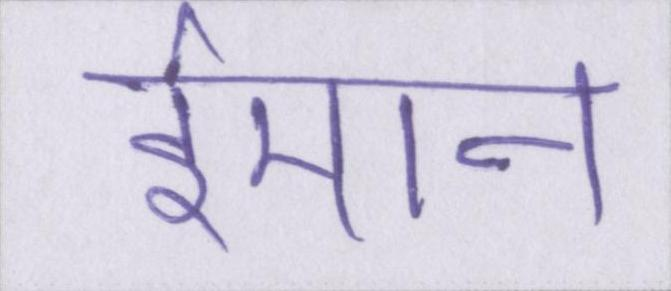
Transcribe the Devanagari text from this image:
ईमान